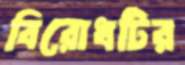
বিরোধটির